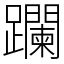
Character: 躝